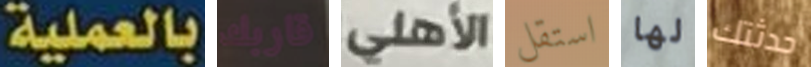
بالعملية قاربك الأهلي استقل لها حدثتك